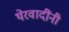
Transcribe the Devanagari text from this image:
थेरवादींनी